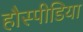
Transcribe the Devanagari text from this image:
हौस्पीडिया